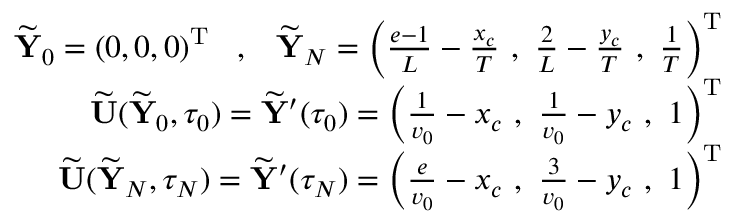
\begin{array} { r } { \widetilde { { \mathbf Y } } _ { 0 } = ( 0 , 0 , 0 ) ^ { { \mathrm T } } \; \; \; , \; \; \; \widetilde { { \mathbf Y } } _ { N } = \left( \frac { e - 1 } { L } - \frac { x _ { c } } { T } \, \, , \, \, \frac { 2 } { L } - \frac { y _ { c } } { T } \, \, , \, \, \frac { 1 } { T } \right) ^ { { \mathrm T } } } \\ { \widetilde { { \mathbf U } } ( \widetilde { { \mathbf Y } } _ { 0 } , \tau _ { 0 } ) = \widetilde { { \mathbf Y } } ^ { \prime } ( \tau _ { 0 } ) = \left( \frac { 1 } { v _ { 0 } } - x _ { c } \, \, , \, \, \frac { 1 } { v _ { 0 } } - y _ { c } \, \, , \, \, 1 \right) ^ { { \mathrm T } } } \\ { \widetilde { { \mathbf U } } ( \widetilde { { \mathbf Y } } _ { N } , \tau _ { N } ) = \widetilde { { \mathbf Y } } ^ { \prime } ( \tau _ { N } ) = \left( \frac { e } { v _ { 0 } } - x _ { c } \, \, , \, \, \frac { 3 } { v _ { 0 } } - y _ { c } \, \, , \, \, 1 \right) ^ { { \mathrm T } } } \end{array}